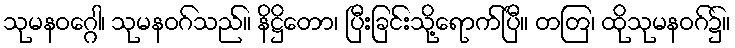
သုမနဝဂ္ဂေါ၊ သုမနဝဂ်သည်။ နိဋ္ဌိတော၊ ပြီးခြင်းသို့ရောက်ပြီ။ တတြ၊ ထိုသုမနဝဂ်၌။